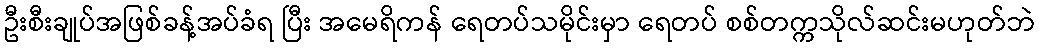
ဦးစီးချုပ်အဖြစ်ခန့်အပ်ခံရ ပြီး အမေရိကန် ရေတပ်သမိုင်းမှာ ရေတပ် စစ်တက္ကသိုလ်ဆင်းမဟုတ်ဘဲ